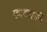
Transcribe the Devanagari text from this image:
काव्यरुचि